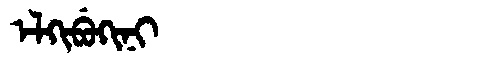
Manchu: ᡝᠯᡴᡳᠪᡠᡴᡳᠨᡳ
Romanization: ELKIBUKINI